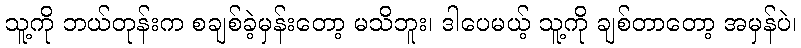
သူ့ကို ဘယ်တုန်းက စချစ်ခဲ့မှန်းတော့ မသိဘူး၊ ဒါပေမယ့် သူ့ကို ချစ်တာတော့ အမှန်ပဲ၊